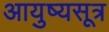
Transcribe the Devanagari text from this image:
आयुष्यसूत्र